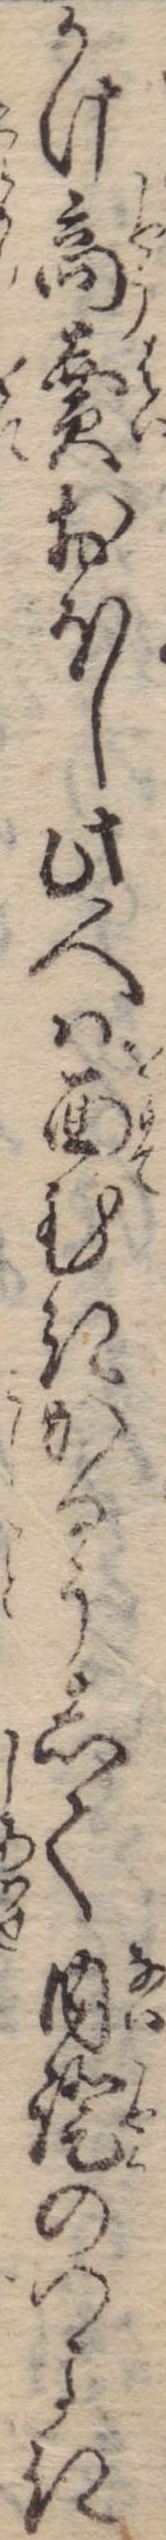
かけ商売おほし此人は面むきかるうして内証のつよき